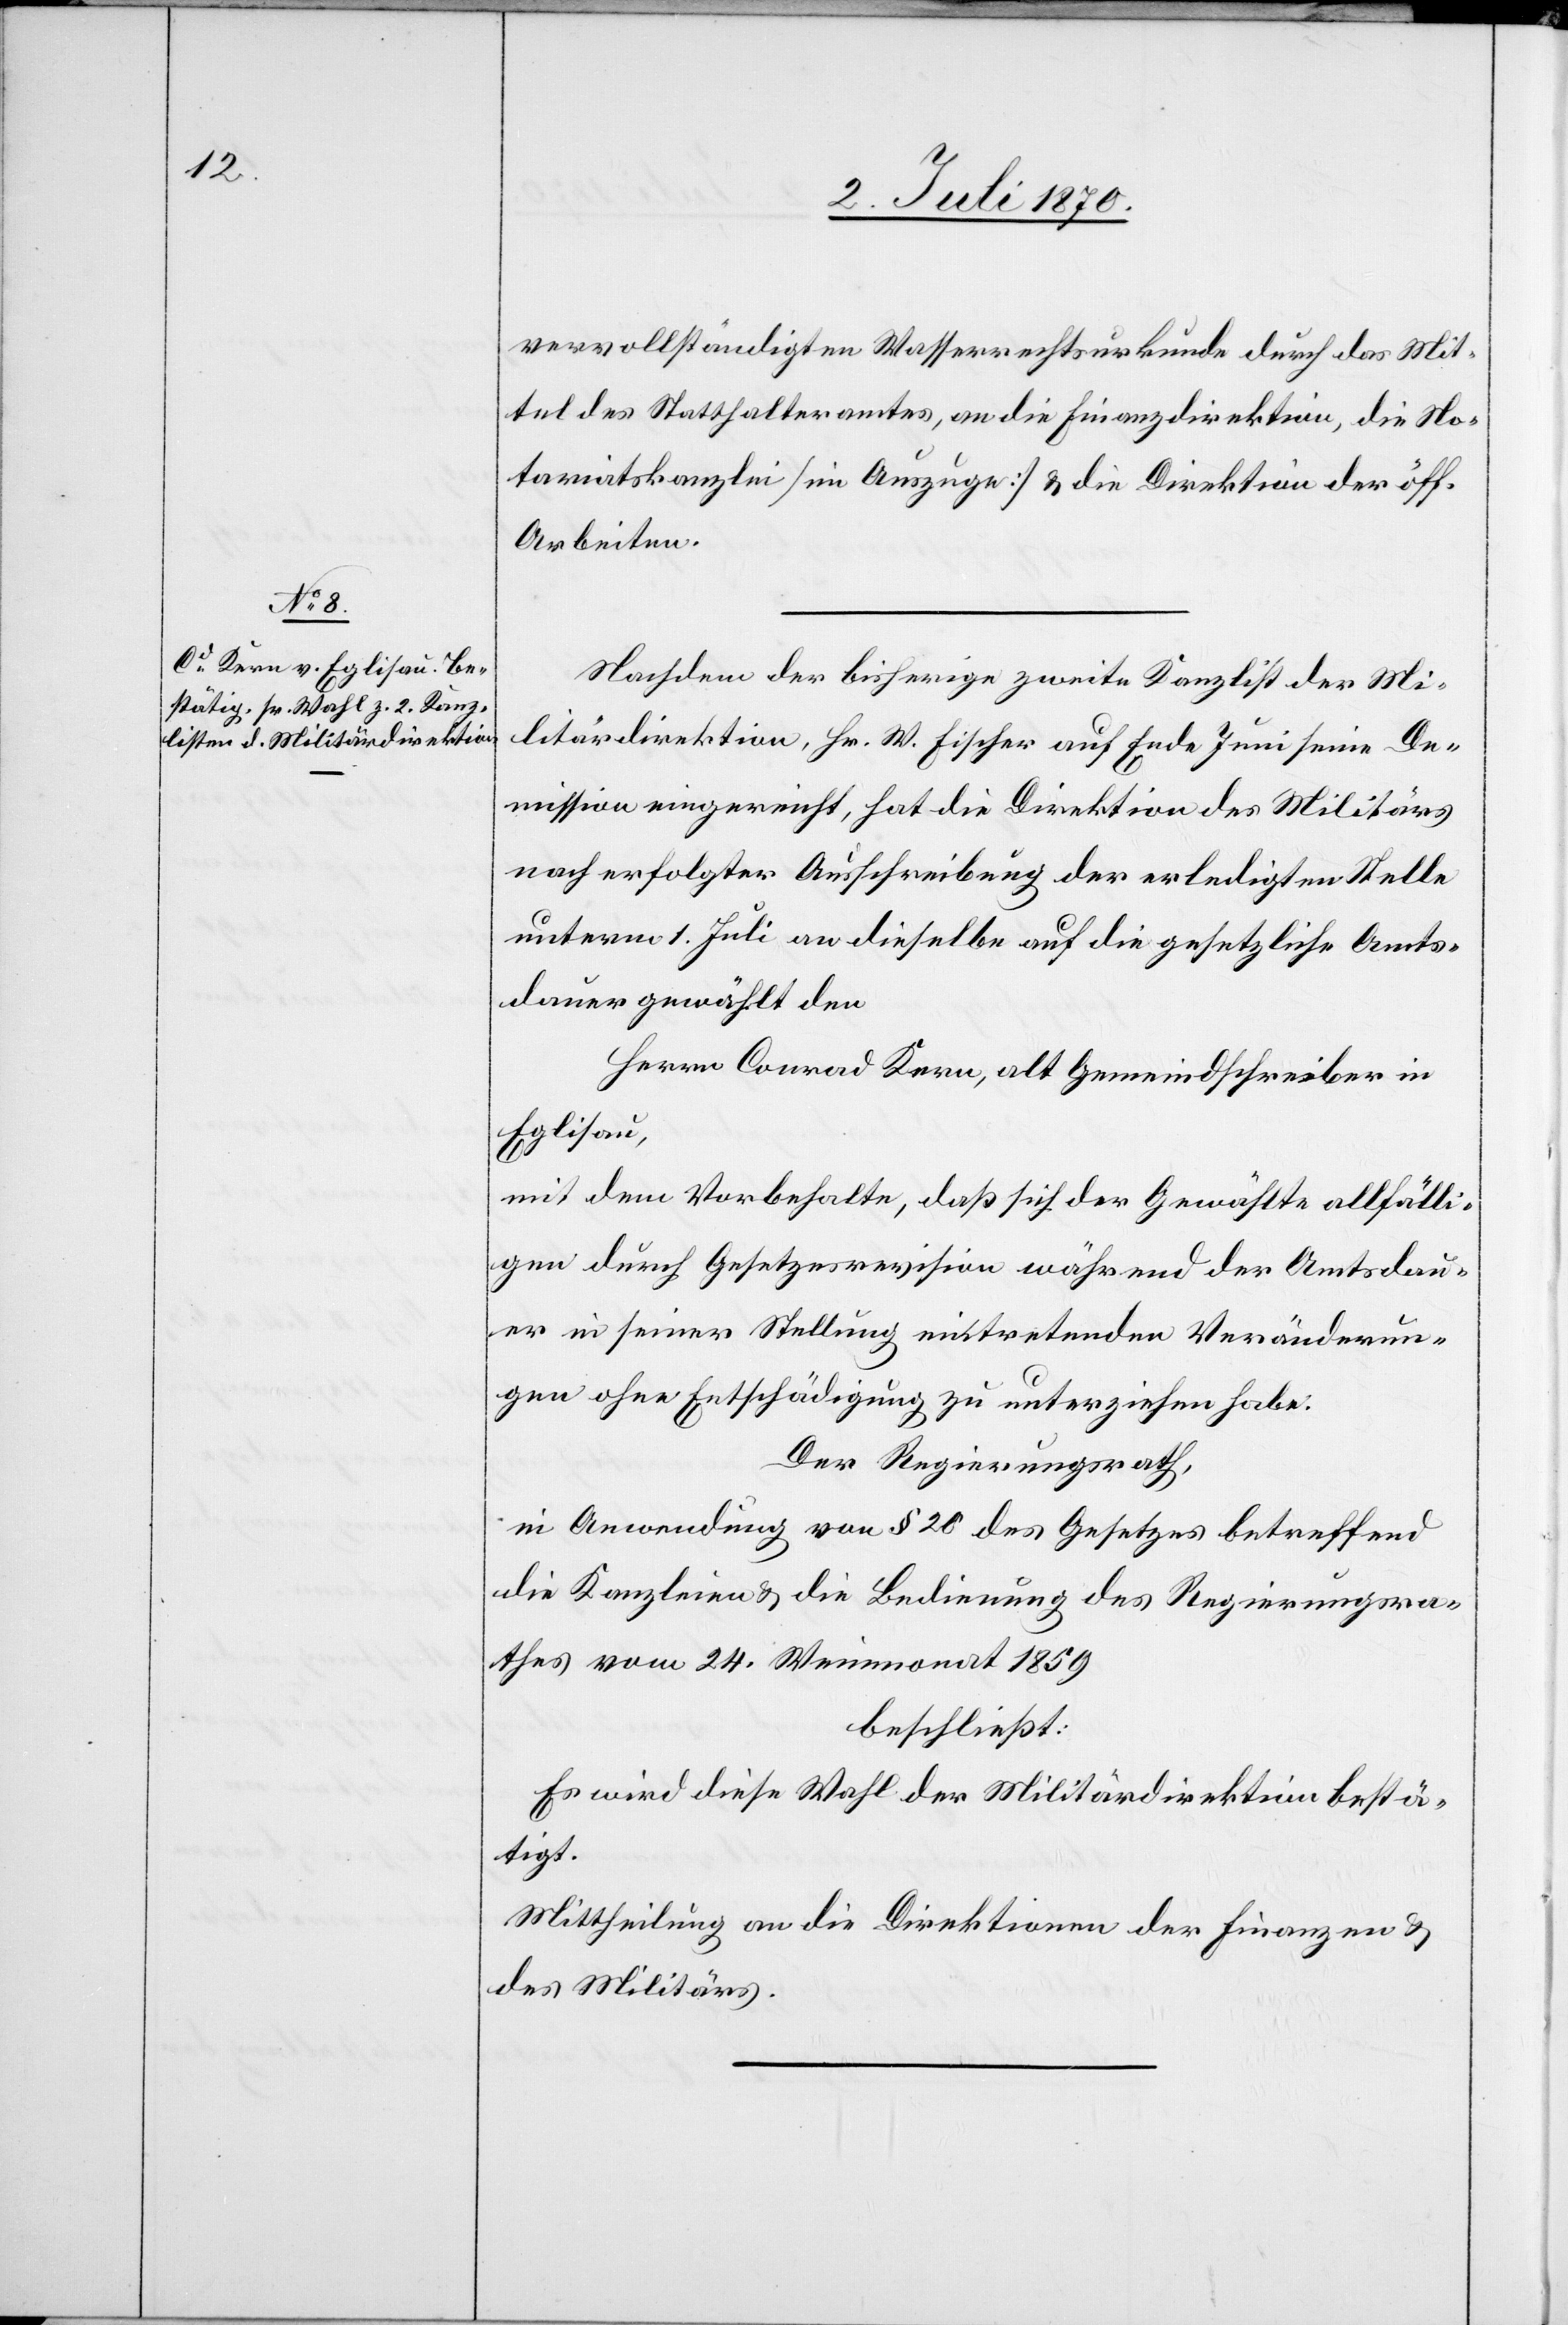
vervollständigten Wasserrechtsurkunde durch das Mit¬
tel des Statthalteramtes, an die Finanzdirektion, die No¬
tariatskanzlei [im Auszuge] & die Direktion der öff.
Arbeiten.
Nachdem der bisherige zweite Kanzlist der Mi¬
litärdirektion, Hr. W. Fischer auf Ende Juni seine De¬
mission eingereicht, hat die Direktion des Militärs
nach erfolgter Ausschreibung der erledigten Stelle
unterm 1. Juli an dieselbe auf die gesetzliche Amts¬
dauer gewählt den
Herrn Conrad Kern, alt Gemeindeschreiber in
Eglisau,
mit dem Vorbehalte, daß sich der Gewählte allfälli¬
gen durch Gesetzesrevision während der Amtsdau¬
er in seiner Stellung eintretenden Veränderun¬
gen ohne Entschädigung zu unterziehen habe.
Der Regierungsrath,
in Anwendung von § 20 des Gesetzes betreffend
die Kanzleien & die Bedienung des Regierungsra¬
thes vom 24. Weinmonat 1859
beschließt:
Es wird diese Wahl der Militärdirektion bestä¬
tigt.
Mittheilung an die Direktionen der Finanzen &
des Militärs.